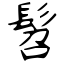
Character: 髫